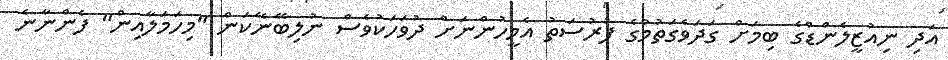
އަދި ނިއުޒީލެންޑްގެ ބިމަށް ގަދަވެގަތުމުގެ ފުރުސަތު އެމީހުންނަށް ދުވަހަކުވެސް ނުލިބޭނޭކަން "މިހަމަލާއިން" ފެންނާނެ